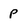
Character: P